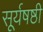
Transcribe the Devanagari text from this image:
सूर्यषष्ठी